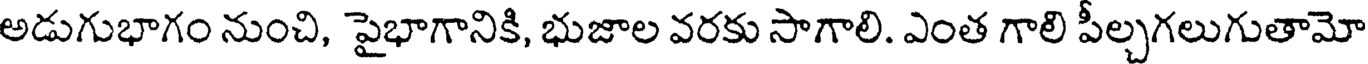
అడుగుభాగం నుంచి, పైభాగానికి, భుజాల వరకు సాగాలి. ఎంత గాలి పీల్చగలుగుతామో